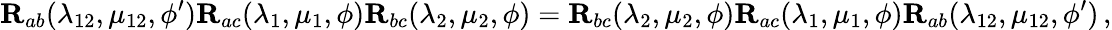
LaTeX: \mathbf{R}_{ab}(\lambda_{12},\mu_{12},\phi^{\prime})\mathbf{R}_{ac}(\lambda_{1},\mu_{1},\phi)\mathbf{R}_{bc}(\lambda_{2},\mu_{2},\phi)=\mathbf{R}_{bc}(\lambda_{2},\mu_{2},\phi)\mathbf{R}_{ac}(\lambda_{1},\mu_{1},\phi)\mathbf{R}_{ab}(\lambda_{12},\mu_{12},\phi^{\prime})\, ,